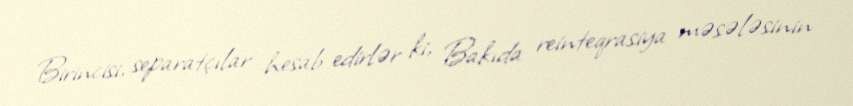
Birincisi, separatçılar hesab edirlər ki, Bakıda reinteqrasiya məsələsinin